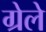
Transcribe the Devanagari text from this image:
ग्रेले